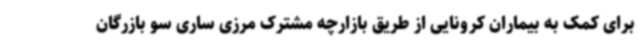
برای کمک به بیماران کرونایی از طریق بازارچه مشترک مرزی ساری سو بازرگان